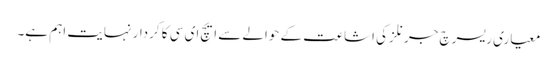
معیاری ریسرچ جرنلز کی اشاعت کے حوالے سے ایچ ای سی کا کردار نہایت اہم ہے۔